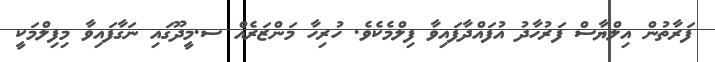
ފަރާތުން އިލްޔާސް ފަރުހާދު އުފައްދާފައިވާ ފިލްމެކެވެ. ހުރިހާ މަންޒަރެއް ސ.މީދޫގައި ނަގާފައިވާ މިފިލްމަކީ